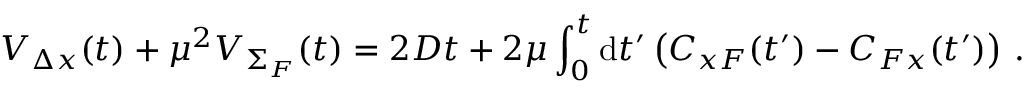
{ \cal V } _ { \Delta x } ( t ) + \mu ^ { 2 } { \cal V } _ { \Sigma _ { F } } ( t ) = 2 D t + 2 \mu \int _ { 0 } ^ { t } \mathrm { d } t ^ { \prime } \left( C _ { x F } ( t ^ { \prime } ) - C _ { F x } ( t ^ { \prime } ) \right) \, .